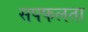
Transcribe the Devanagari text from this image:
सपफलता